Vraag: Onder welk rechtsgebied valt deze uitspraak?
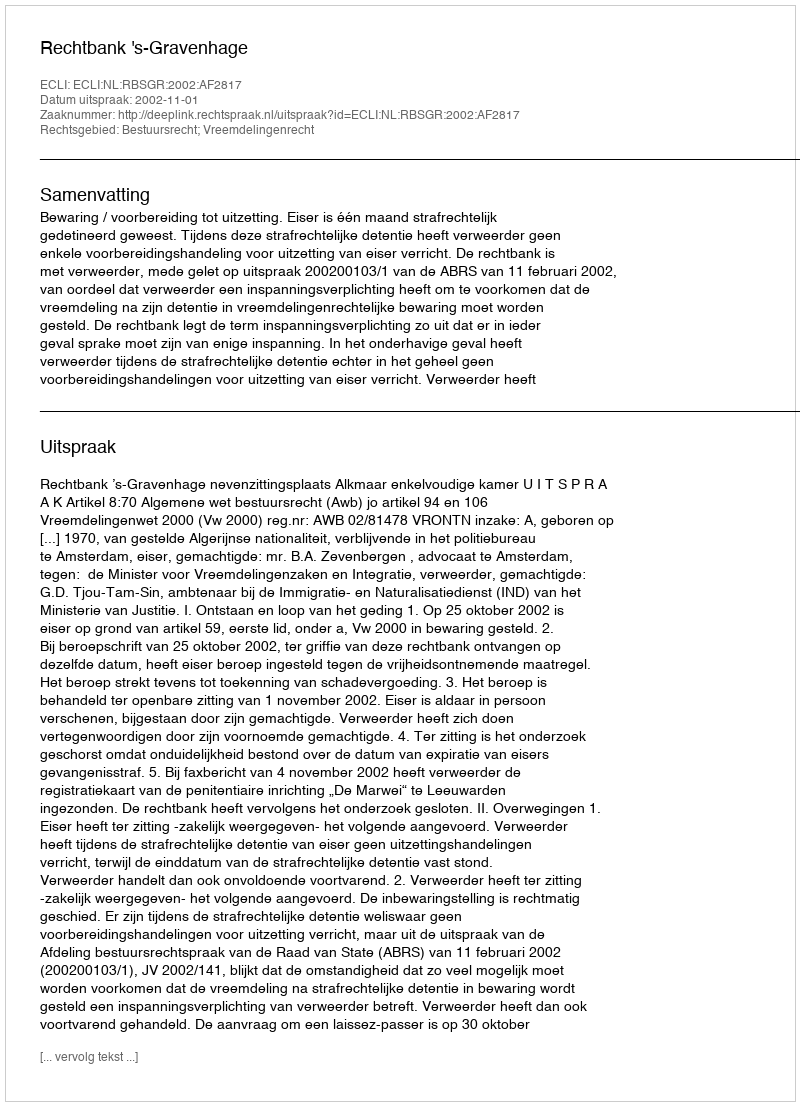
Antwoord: Bestuursrecht; Vreemdelingenrecht